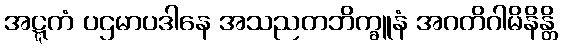
အဋ္ဋကံ ပဌမာပဒါနေ အသညတဘိက္ခူနံ အဂတိဂါမိနိန္တိ